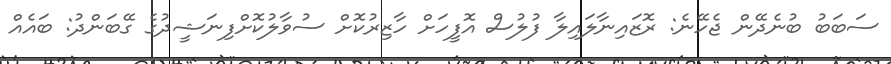
ސަބަބު ބުނެދޭން ޖެހޭނެ: ރޮޒައިނާލައިލާ ފުލުސް އޮފީހަށް ހާޒިރުކޮށް ސުވާލުކޮށްފިނަޝީދުގެ ގޭބަންދު: ބައެއް